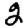
Digit: 2